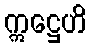
ဣဋ္ဌေဟိ